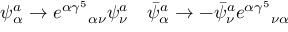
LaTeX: \psi _ { \alpha } ^ { a } \to { e ^ { \alpha \gamma ^ { 5 } } } _ { \alpha \nu } \psi _ { \nu } ^ { a } \quad \bar { \psi } _ { \alpha } ^ { a } \to - \bar { \psi } _ { \nu } ^ { a } { e ^ { \alpha \gamma ^ { 5 } } } _ { \nu \alpha } \quad